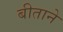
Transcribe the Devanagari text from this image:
बीताने